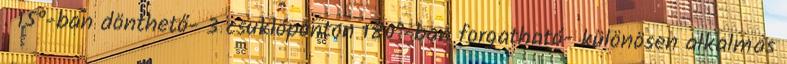
. 15°-ban dönthető- 3 csuklóponton 180°-ban forgatható- különösen alkalmas